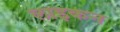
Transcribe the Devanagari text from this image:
लाइकन